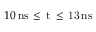
1 0 \, \mathrm { { n s } \, \leq \, t \, \leq \, 1 3 \, \mathrm { { n s } } }